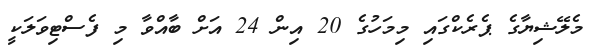
މެލޭޝިޔާގެ ޕެރެކްގައި މިމަހުގެ 20 އިން 24 އަށް ބާއްވާ މި ފެސްޓިވަލަކީ